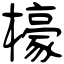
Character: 檺